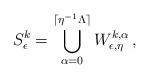
LaTeX: \begin{align*}S^k_\epsilon = \bigcup_{\alpha=0}^{\lceil \eta^{-1}\Lambda \rceil} W^{k,\alpha}_{\epsilon,\eta}\, ,\end{align*}